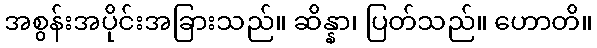
အစွန်းအပိုင်းအခြားသည်။ ဆိန္နာ၊ ပြတ်သည်။ ဟောတိ။